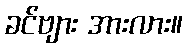
ခင်ဗျား အားလား။